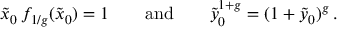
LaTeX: \tilde { x } _ { 0 } \, f _ { 1 / g } ( \tilde { x } _ { 0 } ) = 1 \qquad \mathrm { a n d } \qquad \tilde { y } _ { 0 } ^ { 1 + g } = ( 1 + \tilde { y } _ { 0 } ) ^ { g } \, .